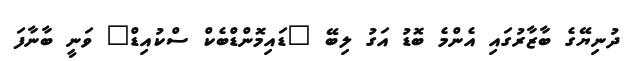
ދުނިޔޭގެ ބާޒާރުގައި އެންމެ ބޮޑު އަގު ލިބޭ "ޑައިމޮންޑްބެކް ސްކުއިޑް" ވަނީ ބާނާފަ